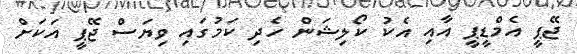
ޖޭޕީ އެމްޑީޕީ އާއި އެކު ކޯލިޝަން ހެދި ކަމުގައި ވިޔަސް ޖޭޕީ އަކަށް